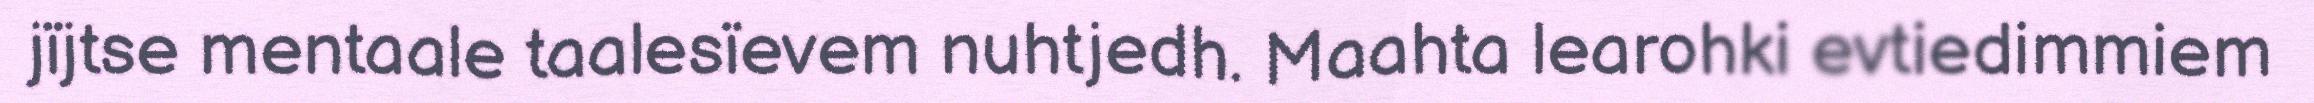
jïjtse mentaale taalesïevem nuhtjedh. Maahta learohki evtiedimmiem